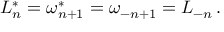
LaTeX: L _ { n } ^ { * } = \omega _ { n + 1 } ^ { * } = \omega _ { - n + 1 } = L _ { - n } \, .